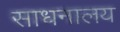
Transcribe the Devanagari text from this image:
साधनालय